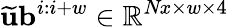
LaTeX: \widetilde{\mathbf{u}}\mathbf{b}^{i:i+w}\in\mathbb{R}^{\textit{Nx}\times w\times 4}